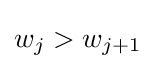
w_{j}>w_{j+1}